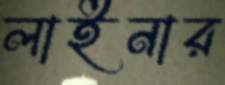
লাইনার